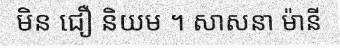
មិន ជឿ និយម ។ សាសនា ម៉ានី